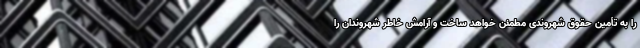
را به تأمین حقوق شهروندی مطمئن خواهد ساخت و آرامش خاطر شهروندان را